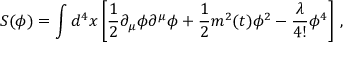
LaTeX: S ( \phi ) = \int d ^ { 4 } x \left[ \frac { 1 } { 2 } \partial _ { \mu } \phi \partial ^ { \mu } \phi + \frac { 1 } { 2 } m ^ { 2 } ( t ) \phi ^ { 2 } - \frac { \lambda } { 4 ! } \phi ^ { 4 } \right] \, ,